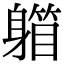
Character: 𨉾